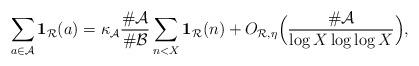
LaTeX: \begin{align*}\sum_{\substack{a\in\mathcal{A}}}\mathbf{1}_{\mathcal{R}}(a)=\kappa_\mathcal{A}\frac{\#\mathcal{A}{}}{\#\mathcal{B}{}}\sum_{n< X}\mathbf{1}_{\mathcal{R}}(n)+O_{\mathcal{R},\eta}\Bigl(\frac{\#\mathcal{A}}{\log{X}\log\log{X}}\Bigr),\end{align*}